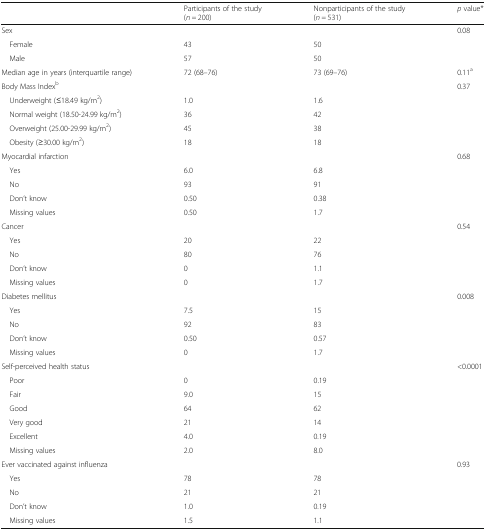
|  | Participants of the study(n = 200) | Nonparticipants of the study(n = 531) | p value* |
 | --- | --- | --- | --- |
 | Sex |  |  | 0.08 |
 | Female | 43 | 50 |  |
 | Male | 57 | 50 |  |
 | Median age in years (interquartile range) | 72 (68–76) | 73 (69–76) | 0.11a |
 | Body Mass Indexb |  |  | 0.37 |
 | Underweight (≤18.49 kg/m2) | 1.0 | 1.6 |  |
 | Normal weight (18.50-24.99 kg/m2) | 36 | 42 |  |
 | Overweight (25.00-29.99 kg/m2) | 45 | 38 |  |
 | Obesity (≥30.00 kg/m2) | 18 | 18 |  |
 | Myocardial infarction |  |  | 0.68 |
 | Yes | 6.0 | 6.8 |  |
 | No | 93 | 91 |  |
 | Don’t know | 0.50 | 0.38 |  |
 | Missing values | 0.50 | 1.7 |  |
 | Cancer |  |  | 0.54 |
 | Yes | 20 | 22 |  |
 | No | 80 | 76 |  |
 | Don’t know | 0 | 1.1 |  |
 | Missing values | 0 | 1.7 |  |
 | Diabetes mellitus |  |  | 0.008 |
 | Yes | 7.5 | 15 |  |
 | No | 92 | 83 |  |
 | Don’t know | 0.50 | 0.57 |  |
 | Missing values | 0 | 1.7 |  |
 | Self-perceived health status |  |  | <0.0001 |
 | Poor | 0 | 0.19 |  |
 | Fair | 9.0 | 15 |  |
 | Good | 64 | 62 |  |
 | Very good | 21 | 14 |  |
 | Excellent | 4.0 | 0.19 |  |
 | Missing values | 2.0 | 8.0 |  |
 | Ever vaccinated against influenza |  |  | 0.93 |
 | Yes | 78 | 78 |  |
 | No | 21 | 21 |  |
 | Don’t know | 1.0 | 0.19 |  |
 | Missing values | 1.5 | 1.1 |  |